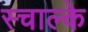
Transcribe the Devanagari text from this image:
स्चाल्के